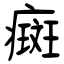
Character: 癍